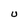
Character: U